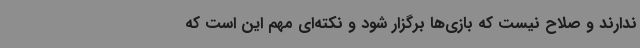
ندارند و صلاح نیست که بازی‌ها برگزار شود و نکته‌ای مهم این است که